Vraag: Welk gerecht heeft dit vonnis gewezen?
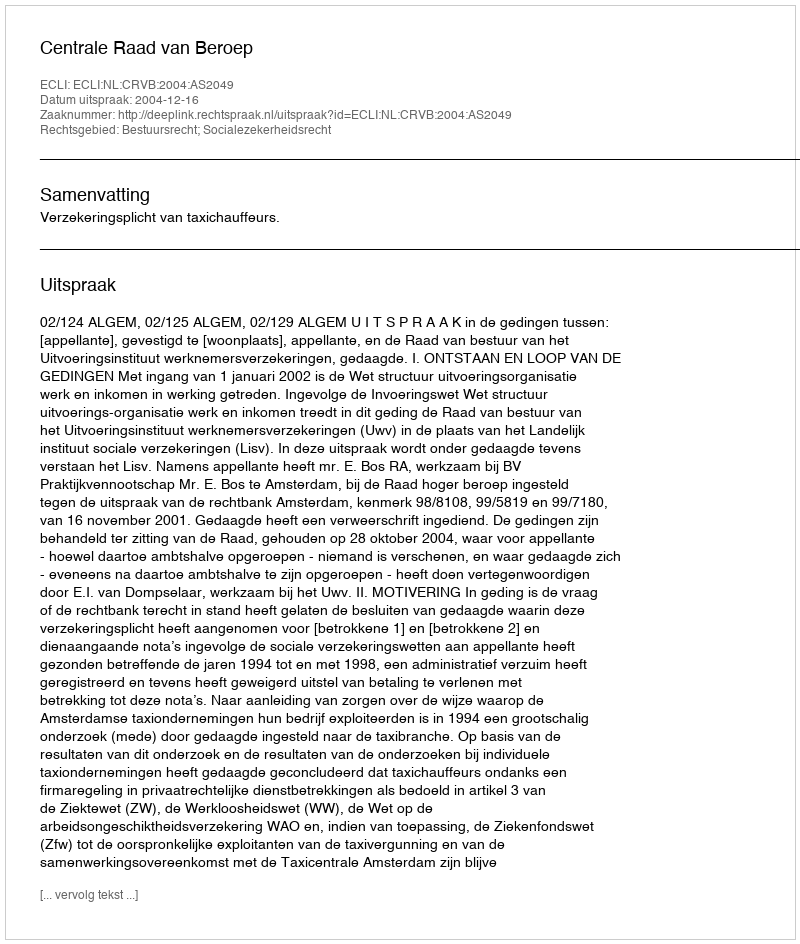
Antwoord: Centrale Raad van Beroep